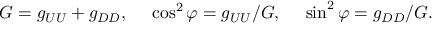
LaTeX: G = g _ { U U } + g _ { D D } , \ \ \ \ \cos ^ { 2 } \varphi = g _ { U U } / G , \ \ \ \ \sin ^ { 2 } \varphi = g _ { D D } / G .